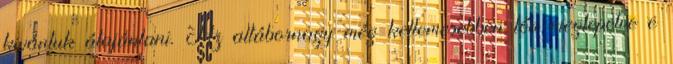
kivántuk átajánlani. Az altábornagy még kellemesebben lőn meglepetve e